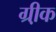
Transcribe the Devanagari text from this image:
ग्री़क